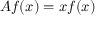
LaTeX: A f ( x ) = x f ( x )